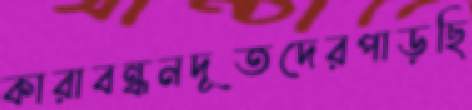
কারাবন্ধনদূতদেরপাড়ছি